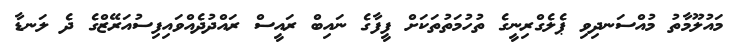
މައުލޫމާތު މުއްސަނދިވި ޕެލެގްރިނީގެ ތުހުމަތުތަކަށް ފީފާގެ ނައިބް ރައީސް ރައްދުދެއްވައިފިސުއަރޭޒްގެ ދެ ލަނޑާ